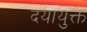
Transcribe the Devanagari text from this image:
दयायुक्त